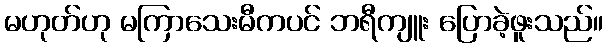
မဟုတ်ဟု မကြာသေးမီကပင် ဘရီကျူး ပြောခဲ့ဖူးသည်။